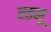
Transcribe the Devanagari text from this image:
रतनू